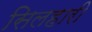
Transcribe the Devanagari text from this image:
सिलहारी